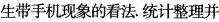
生带手机现象的看法。统计整理并